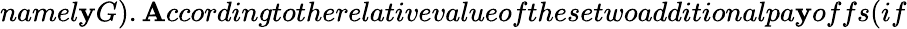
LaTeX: namel\mathbf{y}G).\mathbf{A}ccordingtotherelativevalueofthesetwoadditionalpa\mathbf{y}offs(if